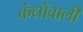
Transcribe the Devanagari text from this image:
कंधोंवाली